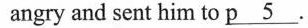
angry and sent him to \underline{p 5}.